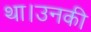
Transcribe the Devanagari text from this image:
था।उनकी